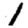
Digit: 1